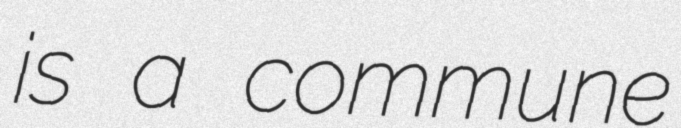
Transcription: is a commune